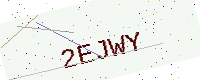
Text: 2EJWY